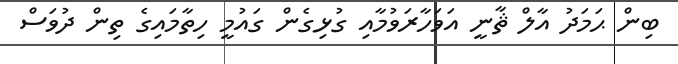
ބިން ޙަމަދު އާލް ޘާނީ އަވަހާރަވުމާއި ގުޅިގެން ގައުމީ ހިތާމައިގެ ތިން ދުވަސް